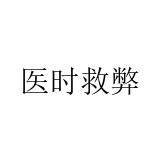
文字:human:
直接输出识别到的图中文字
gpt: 医时救弊